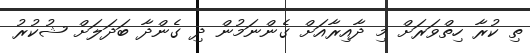
ތި ކުރާ ހިތްވަރަށް މި ދާއިރާއަށް ގެންނަމުން ދި ގެންދާ ބަދަލަށް ޝުކުރު